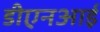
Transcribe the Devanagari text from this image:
डीएनआई